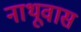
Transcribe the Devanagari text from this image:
नाथूवास